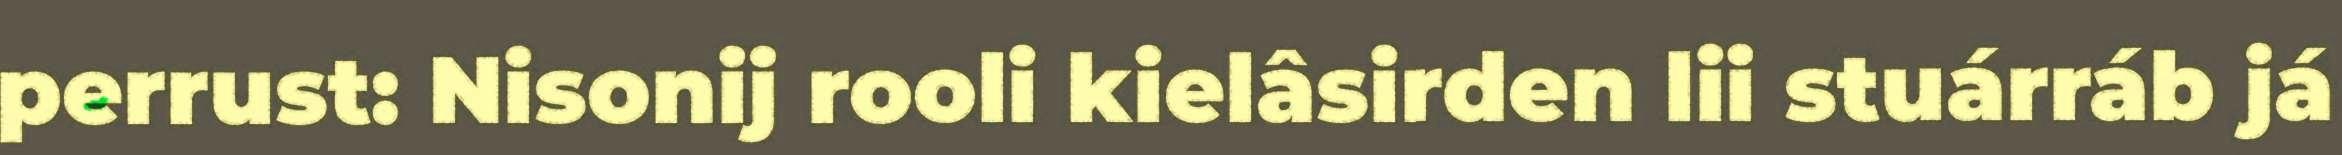
perrust: Nisonij rooli kielâsirden lii stuárráb já